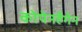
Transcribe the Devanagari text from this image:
कोपेनहैगेन